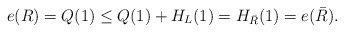
\begin{align*}e(R) = Q(1) \leq Q(1)+H_L(1) =H_{\bar{R}}(1)= e(\bar{R}).\end{align*}